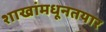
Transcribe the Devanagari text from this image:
शाखांमधूनतयार